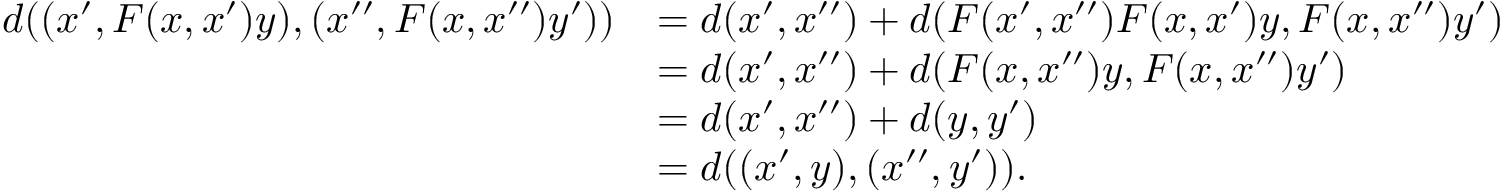
\begin{array} { r l } { d ( ( x ^ { \prime } , F ( x , x ^ { \prime } ) y ) , ( x ^ { \prime \prime } , F ( x , x ^ { \prime \prime } ) y ^ { \prime } ) ) } & { = d ( x ^ { \prime } , x ^ { \prime \prime } ) + d ( F ( x ^ { \prime } , x ^ { \prime \prime } ) F ( x , x ^ { \prime } ) y , F ( x , x ^ { \prime \prime } ) y ^ { \prime } ) } \\ & { = d ( x ^ { \prime } , x ^ { \prime \prime } ) + d ( F ( x , x ^ { \prime \prime } ) y , F ( x , x ^ { \prime \prime } ) y ^ { \prime } ) } \\ & { = d ( x ^ { \prime } , x ^ { \prime \prime } ) + d ( y , y ^ { \prime } ) } \\ & { = d ( ( x ^ { \prime } , y ) , ( x ^ { \prime \prime } , y ^ { \prime } ) ) . } \end{array}